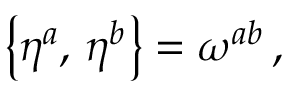
\bigl \{ \eta ^ { a } , \, \eta ^ { b } \bigr \} = \omega ^ { a b } \, ,